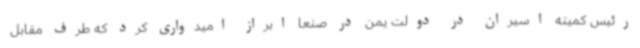
رئیس کمیته اسیران در دولت یمن در صنعا ابراز امیدواری کرد که طرف مقابل